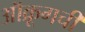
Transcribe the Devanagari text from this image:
ऑक्रूगची